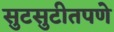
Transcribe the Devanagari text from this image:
सुटसुटीतपणे